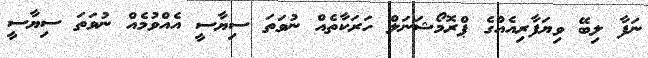
ނަފާ ލިބޭ ވިޔަފާރިއެއްގެ ޕްރޮމޯޝަނަލް ހަރަކާތެއް ނުވަތަ ސިޔާސީ އެއްވުމެއް ނުވަތަ ސިޔާސީ